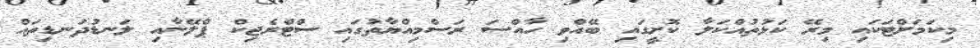
މިކަމަށްޓަކައި މިރޭ ކަޅުތުއްކަލާ ކޮށީގައި ބޭއްވި ހާއްސަ ރަސްމިއްޔާތުގައި ސްޓްރެޖިކް ޕްލޭނާއި ލަނޑުދަނޑިތައް